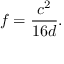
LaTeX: f = { \frac { c ^ { 2 } } { 1 6 d } } .